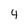
Character: 4